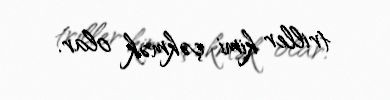
triller kimi çəkmək olar.